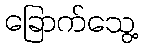
ခြောက်သွေ့